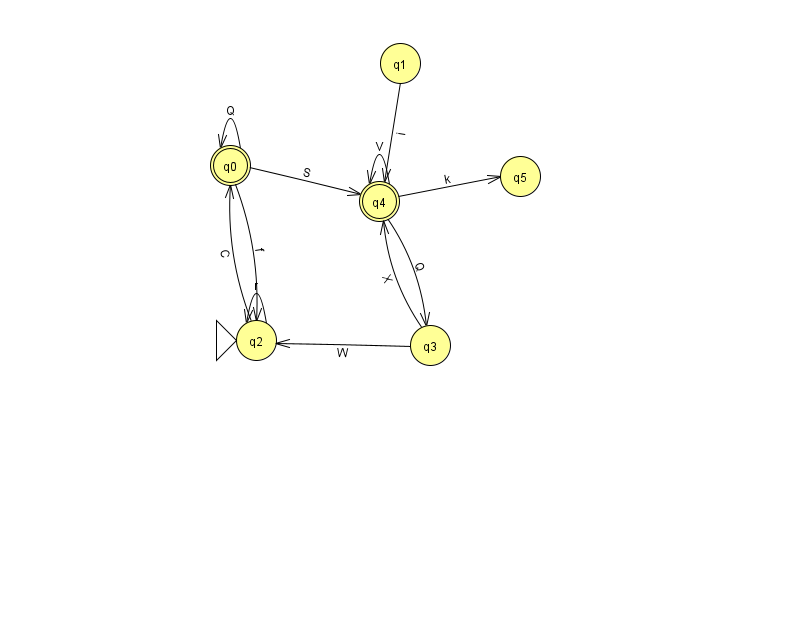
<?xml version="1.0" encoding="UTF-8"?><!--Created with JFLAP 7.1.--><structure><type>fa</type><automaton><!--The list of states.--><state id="0" name="q0"><x>230.0</x><y>152.0</y><final/></state><state id="1" name="q1"><x>400.0</x><y>50.0</y></state><state id="2" name="q2"><x>256.0</x><y>327.0</y><initial/></state><state id="3" name="q3"><x>430.0</x><y>332.0</y></state><state id="4" name="q4"><x>379.0</x><y>188.0</y><final/></state><state id="5" name="q5"><x>520.0</x><y>163.0</y></state><!--The list of transitions.--><transition><from>0</from><to>0</to><read>Q</read></transition><transition><from>3</from><to>2</to><read>W</read></transition><transition><from>2</from><to>2</to><read>r</read></transition><transition><from>4</from><to>3</to><read>Q</read></transition><transition><from>4</from><to>4</to><read>V</read></transition><transition><from>2</from><to>0</to><read>C</read></transition><transition><from>0</from><to>4</to><read>S</read></transition><transition><from>1</from><to>4</to><read>i</read></transition><transition><from>4</from><to>5</to><read>k</read></transition><transition><from>0</from><to>2</to><read>f</read></transition><transition><from>3</from><to>4</to><read>X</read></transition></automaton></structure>